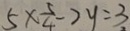
5 \times \frac { 5 } { 4 } - 2 y = 3